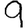
Digit: 9